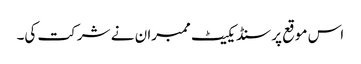
‌‌‌ اس موقع پر سنڈیکیٹ ممبرا ن نے شرکت کی۔